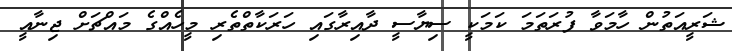
ޝަރީއަތުން ހާމަވާ ފުރަތަމަ ކަމަކީ ސިޔާސީ ދާއިރާގައި ހަރަކާތްތެރި މީހެއްގެ މައްޗަށް ޖިނާއީ